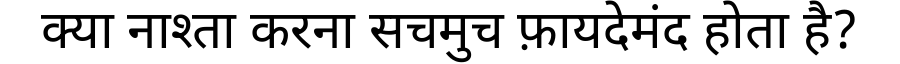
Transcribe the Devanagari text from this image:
क्या नाश्ता करना सचमुच फ़ायदेमंद होता है?